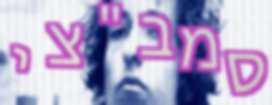
סמב"צי